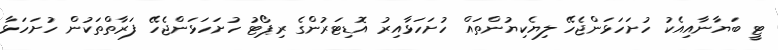
ޓީ ބަޔާނާއިއެކު ހުށަހަޅަންޖެހޭ ލިޔެކިޔުންތައް ހުށަހަޅާއިރު އޮޑިޓަރުންގެ ރިޕޯޓު ހުށަހަޅަންޖެހޭ ފަރާތްތަކުން ހުށަހަޅާ